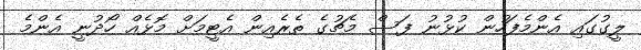
ލީގުގައި އެންމެފަހުން ކުޅުނު ފަސް މެޗުގެ ތެރެއިން އެޓީމަށް މޮޅެއް ހޯދުނީ އެންމެ